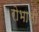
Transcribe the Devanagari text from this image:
रोभानी